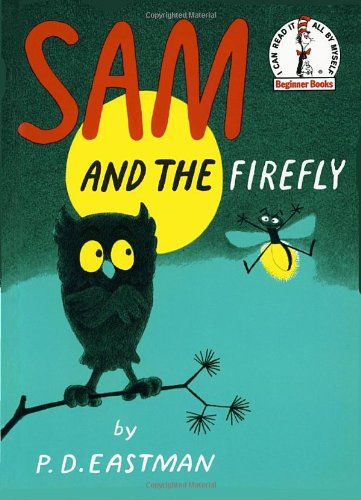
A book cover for Sam and the Firefly; P.D. Eastman; Children's Books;